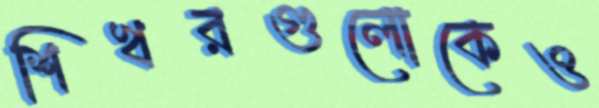
শিখরগুলোকেও